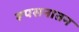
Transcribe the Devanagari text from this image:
रूपसनातन